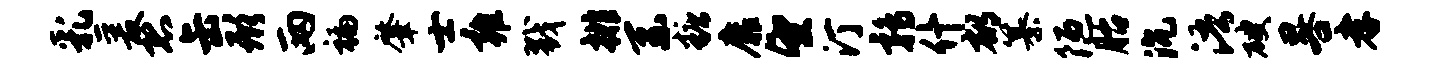
乳爰恐缶形两褊肇士雍戮排系糖靡望汀鹑什郁纂陋胎沉浯破晷孝